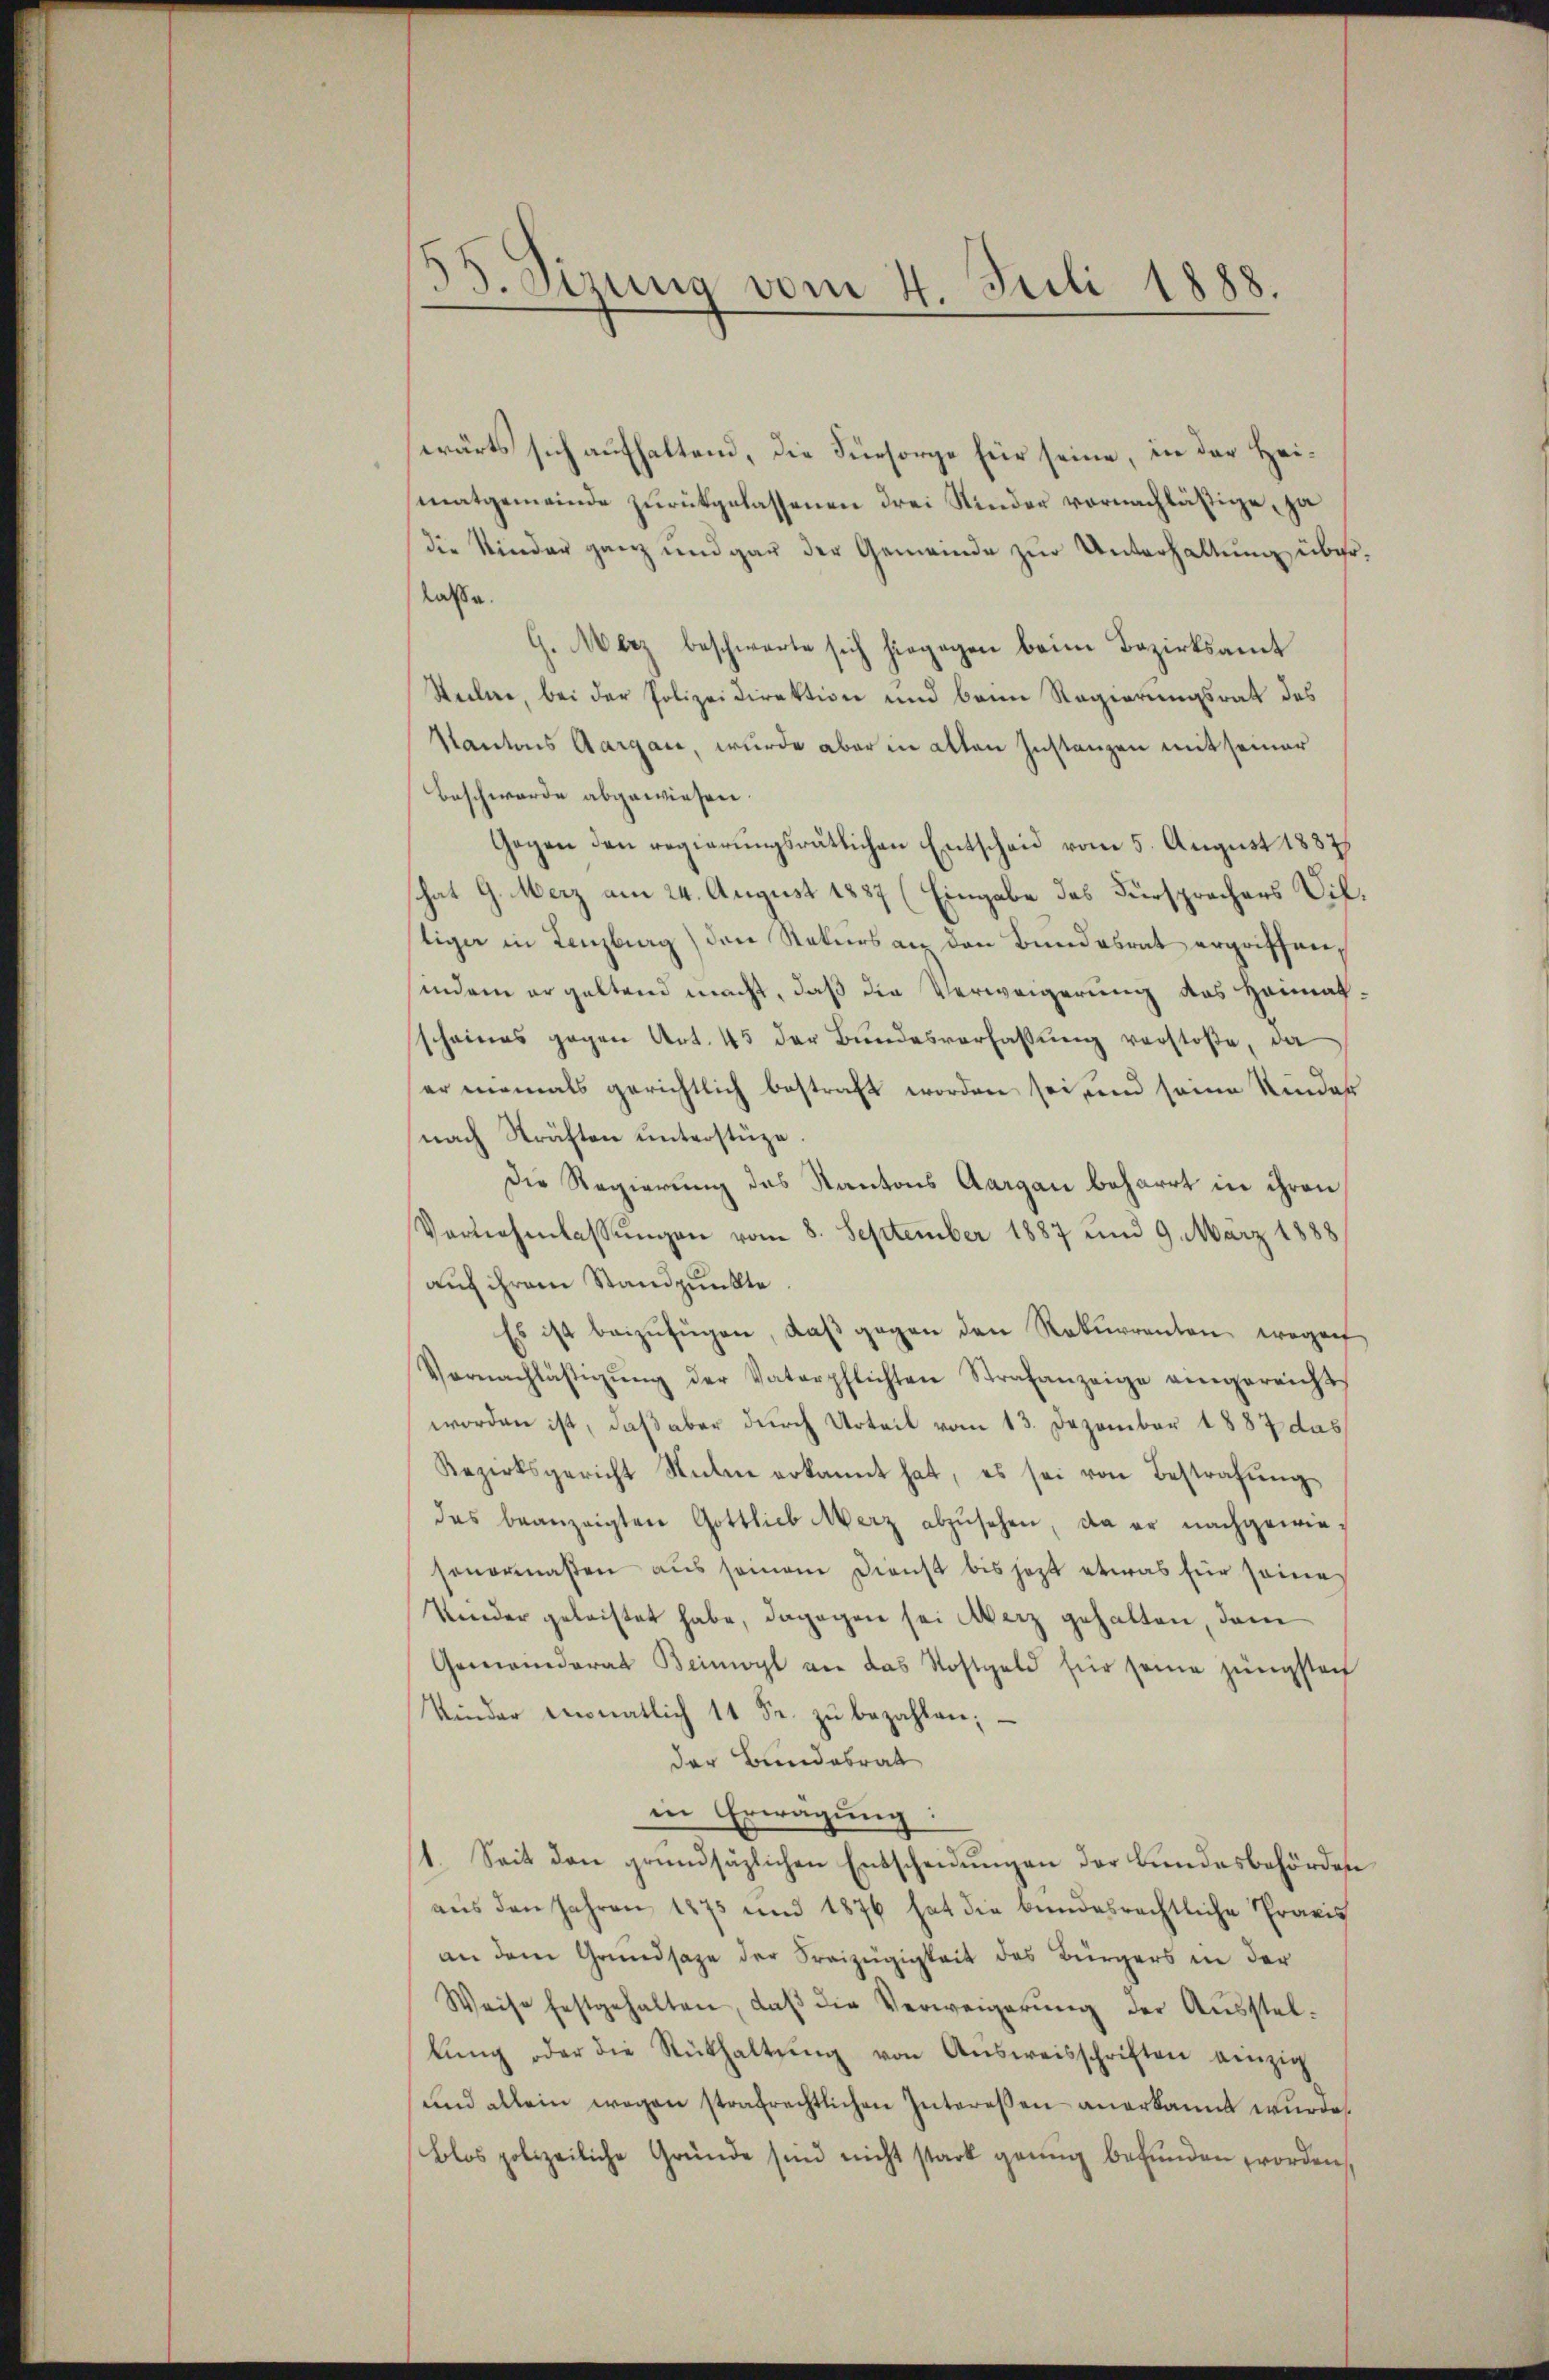
wärts sich aufhaltend, die Fürsorge für seine, in der Heimatgemeinde zurückgelassenen drei Kinder vornachlässige, ja
die Kinder ganz und gar der Gemeinde zur Unterhaltung überlasse.
G. Merz beschwarte sich hiegegen beim Bezirksamt
Stechne, bei der Polizeidirektion und beim Regierungsrat des
Kantons Aargau, wurde aber in alten Instanzen mit seiner
Beschwerde abgewiesen.
Gegen den regierungsrätlichen Entscheid vom 5. August 1887
hat G. Merz am 24. August 1887 (Eingabe des Fürsprochers Viltiger in Lenzburg) den Rekurs an den Bundesrat ergriffen,
indem ergeltend macht, daß die Verweigerung des Heimatscheines gegen Art. 45 der Bundesverfassung verstoße, da
er niemals gerichtlich bestraft worden sei, und seine Kinder
nach Sträften unterstüze.
Die Regierung des Kantons Aargau beharrt in ihren
Verziehenlassungen vom 8. September 1887 und 9. März 1888
auf ihrem Standpunkte.
Es ist beizufügen, daβ gegen den Rekurrenten wegenf
Vernachlästigŭng der Vaterpflichten Strafanzeige eingereicht
worden ist, daß aber durch Urteil vom 13. Dezember 1887 das
Bezirksgericht Sulen erkannt hat, es sei von Bestrafŭng
das beanzeigten Gottlieb Merz abzŭsehen, da er nachgewiesenormaßen aus seinem Dienst bis jetzt etwas für seines
Kinder geleistet habe, dagegen sei Merz gehalten, dem
Gemeinderat Beimoyl an das Kostgeld für seine jüngstenf
Kinder monatlich 11 Fr. zŭ bezahlen; –
der Bundesrat
in Erwägung:
1. Seit den grundsäzlichen Entscheidŭngen der Bundesbehörden
aŭs den Jahren 1875 und 1876 hat die bundesrechtliche Praxis
an dem Grundsaze der Freizügigkeit des Bürgers in der
Weise festgehalten, daβ die Verweigerŭng der Aŭsstel-
lŭng oder die Rükhaltŭng von Aŭsweisschriften einzig
und allein wegen strafrechtlichen Interessen anerkannt wurde.
Blos polizeiliche Gründe sind nicht stark genug befunden worden,

55. Sirung vom 4. Juli 1888.